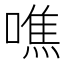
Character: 噍